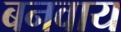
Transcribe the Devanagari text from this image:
बनवाय